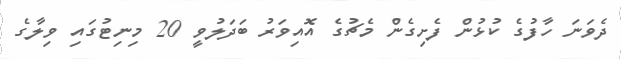
ދެވަނަ ހާފުގެ ކުޅުން ފެށިގެން މެޗުގެ އޮއިވަރު ބަދަލުވީ 20 މިނިޓުގައި ވިލާގެ